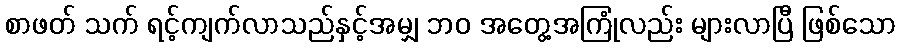
စာဖတ် သက် ရင့်ကျက်လာသည်နှင့်အမျှ ဘဝ အတွေ့အကြုံလည်း များလာပြီ ဖြစ်သော